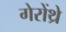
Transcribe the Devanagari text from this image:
गेरोंथ्रे